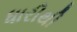
ધારીથી